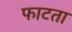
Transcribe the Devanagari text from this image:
फाटता